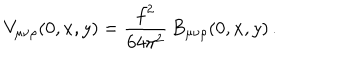
V _ { \mu \nu \rho } ( 0 , x , y ) = \frac { f ^ { 2 } } { 6 4 \pi ^ { 2 } } \, B _ { \mu \nu \rho } ( 0 , x , y ) \, .